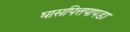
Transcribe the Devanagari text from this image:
घासपित्तपापडा